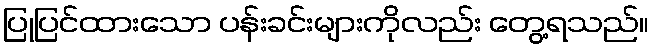
ပြုပြင်ထားသော ပန်းခင်းများကိုလည်း တွေ့ရသည်။